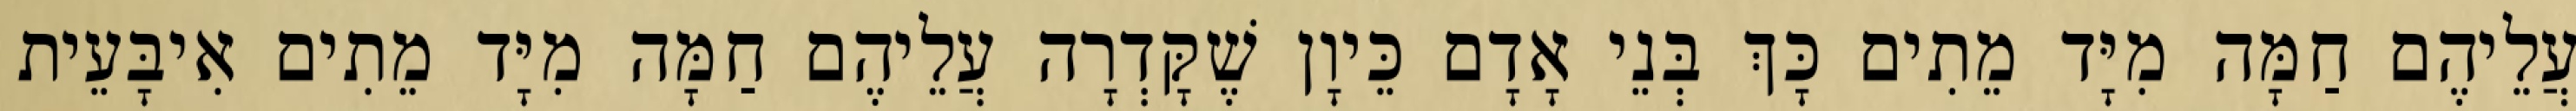
עֲלֵיהֶם חַמָּה מִיָּד מֵתִים כָּךְ בְּנֵי אָדָם כֵּיוָן שֶׁקָּדְרָה עֲלֵיהֶם חַמָּה מִיָּד מֵתִים אִיבָּעֵית